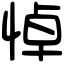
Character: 悼